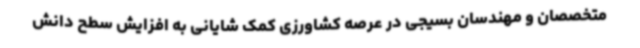
متخصصان و مهندسان بسیجی در عرصه کشاورزی کمک شایانی به افزایش سطح دانش